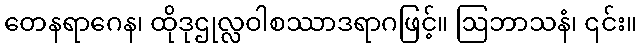
တေနရာဂေန၊ ထိုဒုဌုလ္လဝါစဿာဒရာဂဖြင့်။ ဩဘာသနံ၊ ၎င်း။